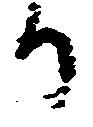
り